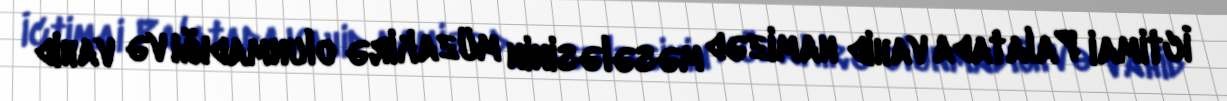
İctimai Palatada vahid namizəd məsələsinin müzakirə olunmadığı və vahid